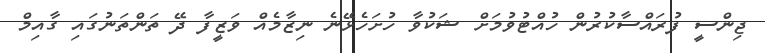
ޖިންސީ ފުރައްސާކުރުން ހުއްޓުވުމަށް ޝަކުވާ ހުށަހެޅޭނެ ނިޒާމެއް ވަޒީފާ ދޭ ތަންތަނުގައި ގާއިމް